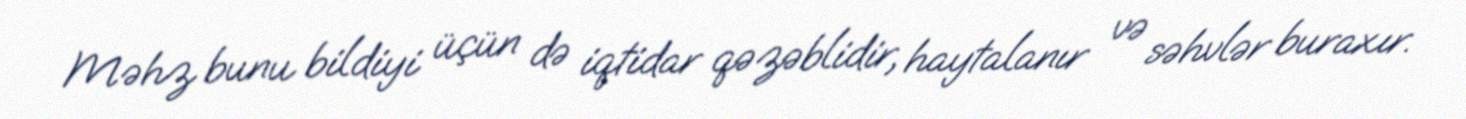
Məhz bunu bildiyi üçün də iqtidar qəzəblidir, haytalanır və səhvlər buraxır.